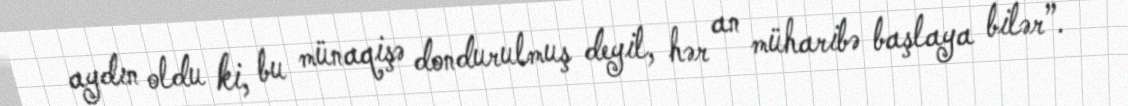
aydın oldu ki, bu münaqişə dondurulmuş deyil, hər an müharibə başlaya bilər”.